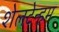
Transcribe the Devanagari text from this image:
शेलटेन्हम